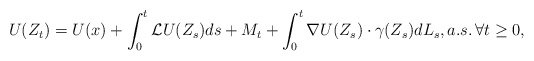
\begin{align*} U(Z_t) = U(x) + \int_0^t {\cal L}U(Z_s)ds + M_t + \int_0^t\nabla U(Z_s) \cdot \gamma(Z_s) dL_s,a.s.\, \forall t\ge 0, \end{align*}